Report on the bubonic plague in Bombay, 1896-1897
Year: 1896
Disease focus: Plague
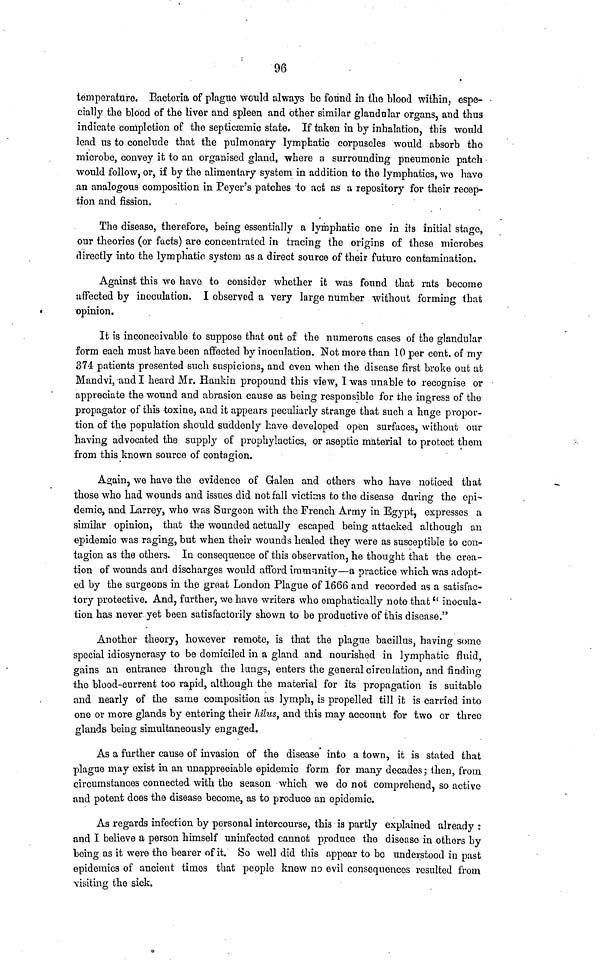
96
temperature. Bacteria of plague would always be found in the blood within, espe-
cially the blood of the liver and spleen and other similar glandular organs, and thus
indicate completion of the septicæmic state. If taken in by inhalation, this would
lead us to conclude that the pulmonary lymphatic corpuscles would absorb the
microbe, convey it to an organised gland, where a surrounding pneumonic patch
would follow, or, if by the alimentary system in addition to the lymphatics, we have
an analogous composition in Peyer's patches to act as a repository for their recep-
tion and fission.
The disease, therefore, being essentially a lymphatic one in its initial stage,
our theories (or facts) are concentrated in tracing the origins of these microbes
directly into the lymphatic system as a direct source of their future contamination.
Against this we have to consider whether it was found that rats become
affected by inoculation. I observed a very large number without forming that
opinion.
It is inconceivable to suppose that out of the numerons cases of the glandular
form each must have been affected by inoculation. Not more than 10 per cent. of my
374 patients presented such suspicions, and even when the disease first broke out at
Mandvi, and I heard Mr. Hankin propound this view, I was unable to recognise or
appreciate the wound and abrasion cause as being responsible for the ingress of the
propagator of this toxine, and it appears peculiarly strange that such a huge propor-
tion of the population should suddenly have developed open surfaces, without our
having advocated the supply of prophylactics, or aseptic material to protect them
from this known source of contagion.
Again, we have the evidence of Galen and others who have noticed that
those who had wounds and issues did not fall victims to the disease during the epi
demie, and Larrey, who was Surgeon with the French Army in Egypt, expresses a
similar opinion, that the wounded actually escaped being attacked although an
epidemic was raging, but when their wounds healed they were as susceptible to con-
tagion as the others. In consequence of this observation, he thought that the crea-
tion of wounds and discharges would afford immunity—a practice which was adopt-
ed by the surgeons in the great London Plague of 1666 and recorded as a satisfac-
tory protective. And, further, we have writers who emphatically note that "inocula-
tion has never yet been satisfactorily shown to be productive of this disease."
Another theory, however remote, is that the plague bacillus, having some
special idiosyncrasy to be domiciled in a gland and nourished in lymphatic fluid,
gains an entrance through the lungs, enters the general circulation, and finding
the blood-current too rapid, although the material for its propagation is suitable
and nearly of the same composition as lymph, is propelled till it is carried into
one or more glands by entering their hilus, and this may account for two or three
glands being simultaneously engaged.
As a further cause of invasion of the disease into a town, it is stated that
plague may exist in an unappreciable epidemic form for many decades ; then, from
circumstances connected with the season which we do not comprehend, so active
and potent does the disease become, as to produce an epidemic.
As regards infection by personal intercourse, this is partly explained already :
and I believe a person himself uninfected cannot produce the disease in others by
being as it were the bearer of it. So well did this appear to bo understood in past
epidemics of ancient times that people knew no evil consequences resulted from
visiting the sick.